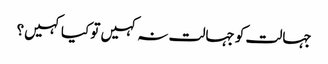
جہالت کو جہالت نہ کہیں تو کیا کہیں؟